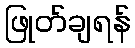
ဖြုတ်ချရန်